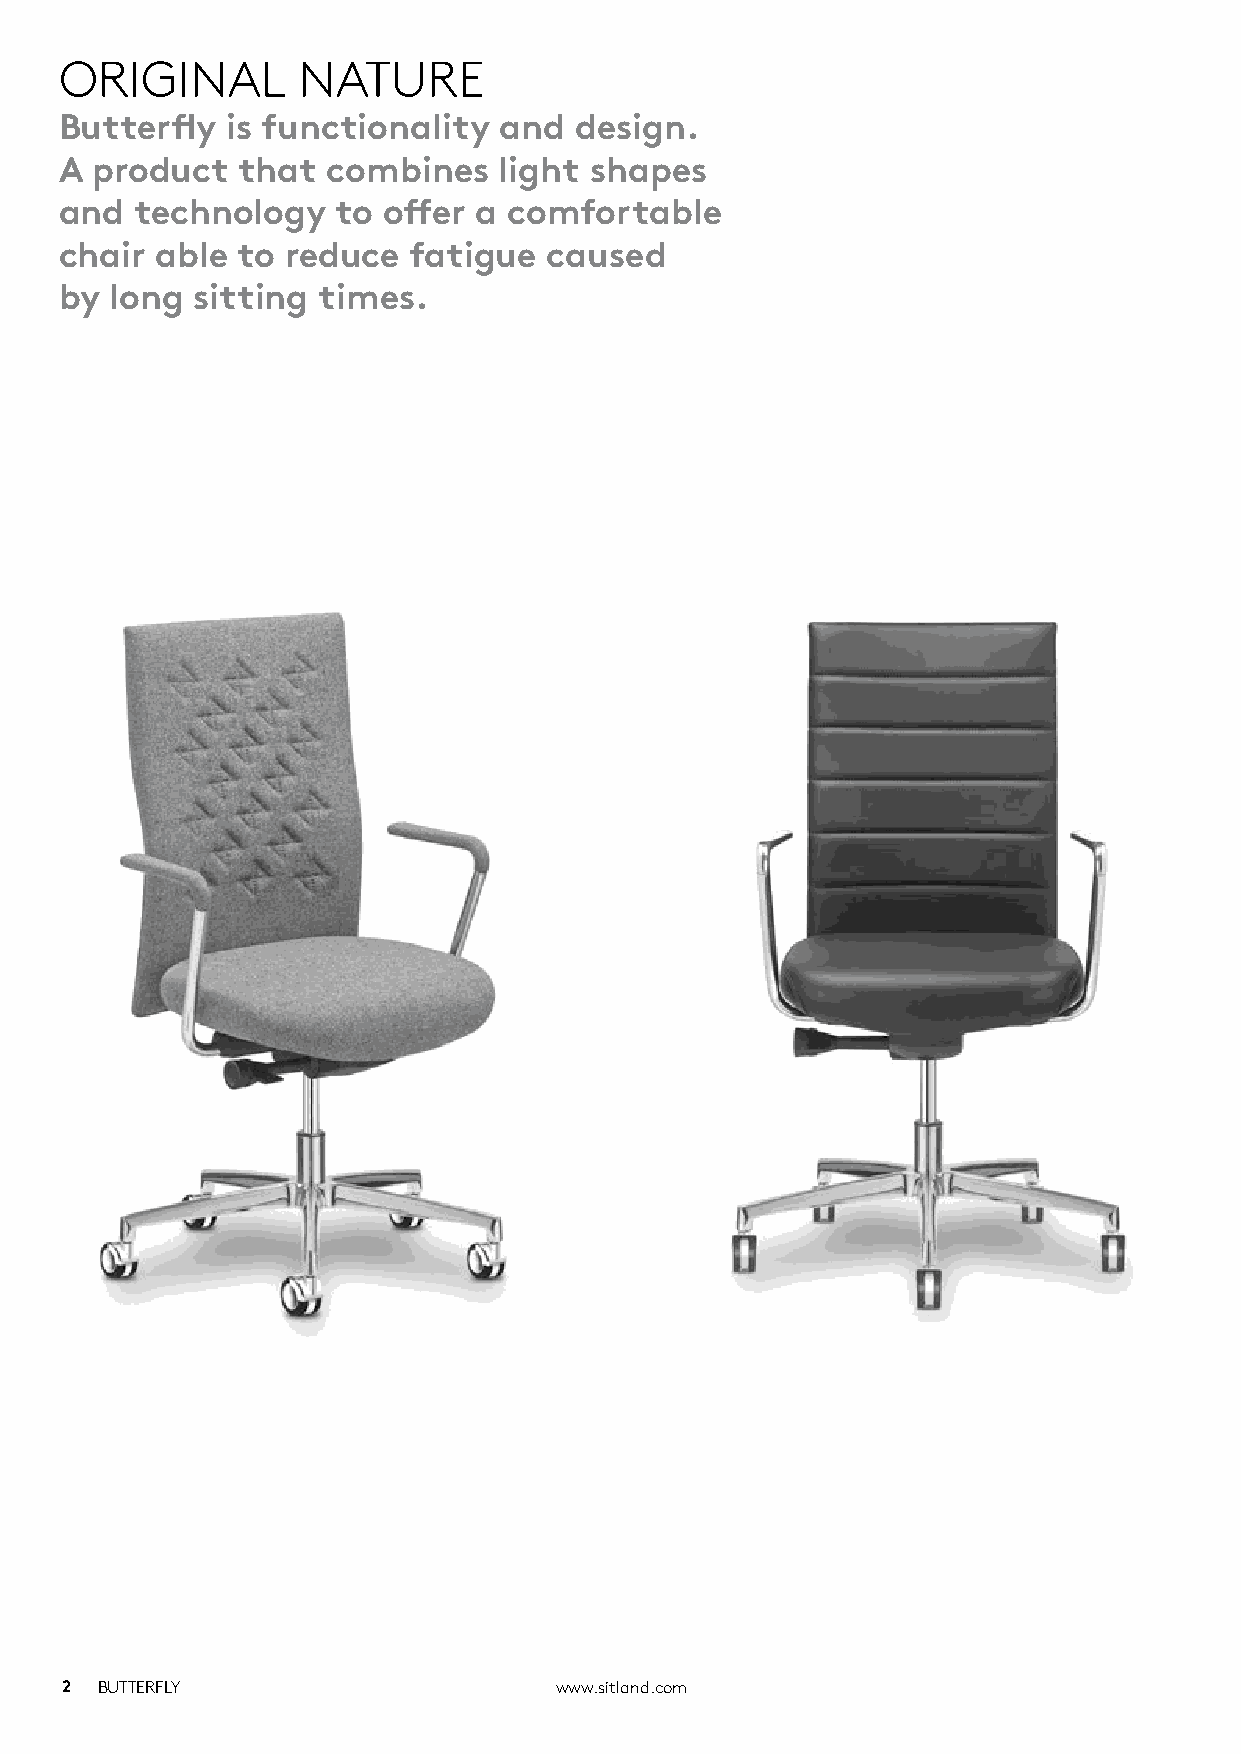
ORIGINAL        NATURE
 Butterfly  is functionality  and  design.
 A product   that  combines   light shapes
 and  technology   to offer  a comfortable
 chair able  to reduce  fatigue  caused
 by long  sitting times.
 2 BUTTERFLY                      www.sitland.com